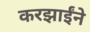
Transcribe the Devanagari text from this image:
करझाईंने